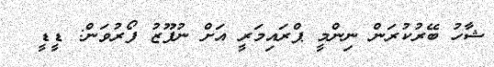
ޝާހު ބޭރުކުރަން ނިންމީ ޕްރައިމަރީ އަށް ނުފޫޒު ފޯރުވަން: ޑީޑީ